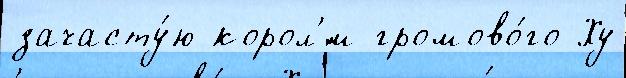
зачасту́ю корол'́м громово́го Ху